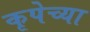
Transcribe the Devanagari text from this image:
कृपेच्या